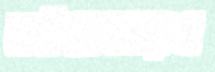
বইমেলারও